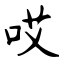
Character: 哎